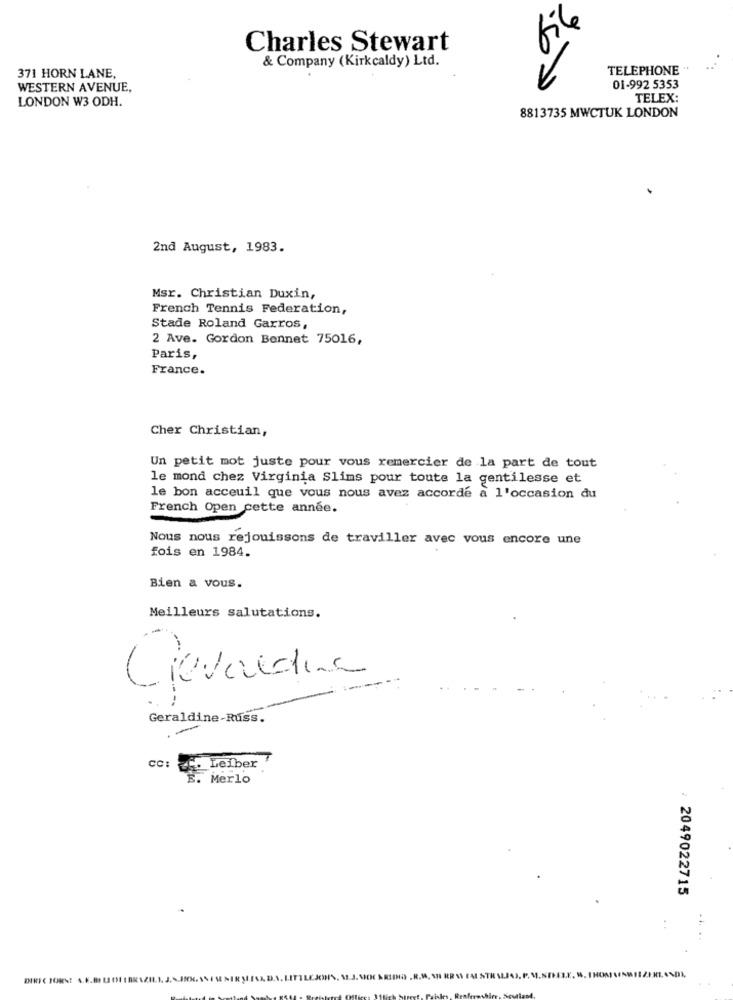
file
Charles Stewart
& Company (Kirkcaldy) Ltd.
TELEPHONE "
371 HORN LANE,
WESTERN AVENUE,
01-992 5353
LONDON W3 ODH.
TELEX:
8813735 MWCTUK LONDON
2nd August, 1983.
Msr. Christian Duxin,
French Tennis Federation,
Stade Roland Garros,
2 Ave. Gordon Bennet 75016,
Paris,
France.
Cher Christian,
Un petit mot juste pour vous remercier de la part de tout
le mond chez Virginia Slims pour toute la gentilesse et
le bon acceuil que vous nous avez accorde a l'occasion du
French Open cette année.
Nous nous rejouissons de traviller avec vous encore une
fois en 1984.
Bien a vous.
Meilleurs salutations.
Cievaldina
-----
Geraldine-Russ.
cc: 25. Leiber
E. Merlo
: 2049022715